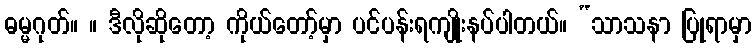
ဓမ္မဂုတ်။ ။ ဒီလိုဆိုတော့ ကိုယ်တော့်မှာ ပင်ပန်းရကျိုးနပ်ပါတယ်။ “သာသနာ ပြုရာမှာ